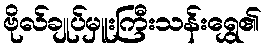
ဗိုလ်ချုပ်မှူးကြီးသန်းရွှေ၏